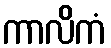
ကာလိကံ